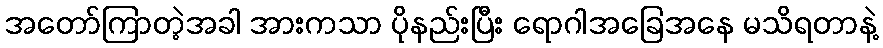
အတော်ကြာတဲ့အခါ အားကသာ ပိုနည်းပြီး ရောဂါအခြေအနေ မသိရတာနဲ့